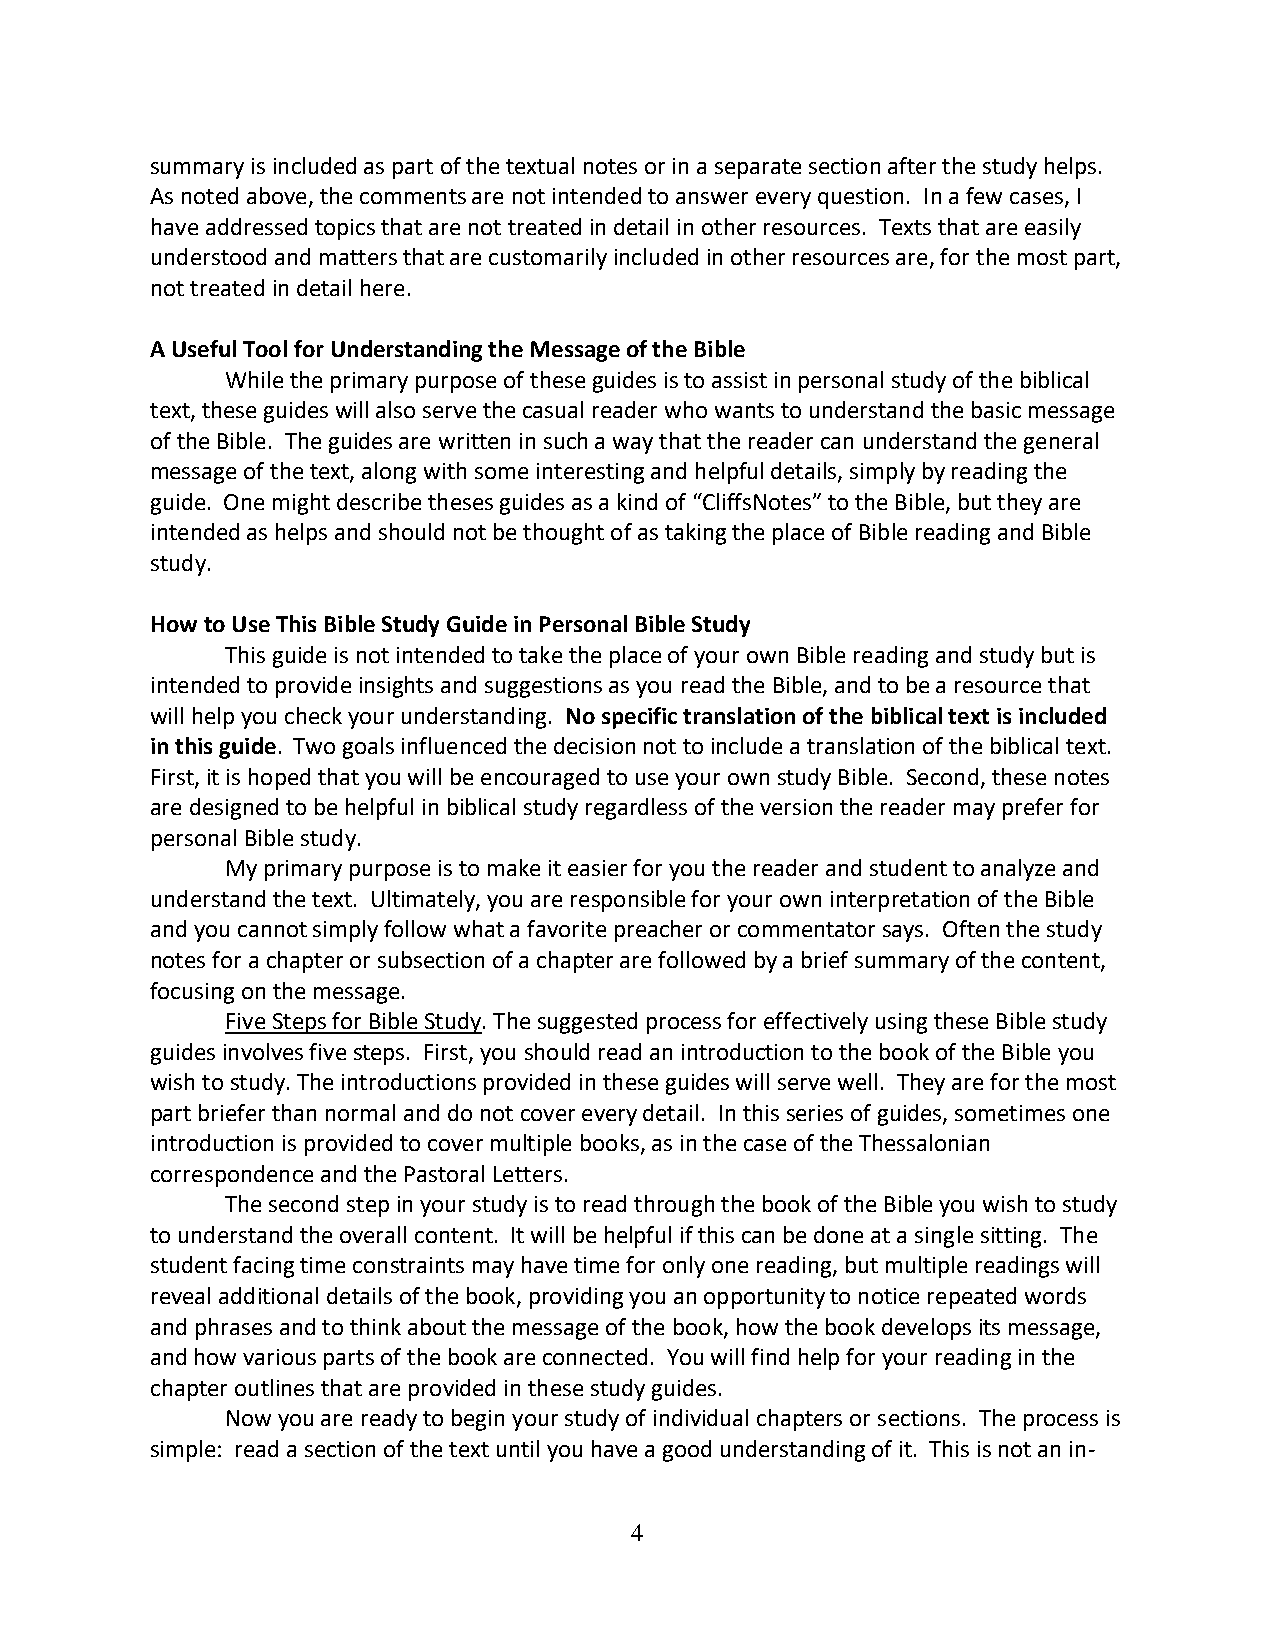
summary is included as part of the textual notes or in a separate section after the study helps.
 As noted above, the comments are not intended to answer every question. In a few cases, I
 have addressed topics that are not treated in detail in other resources. Texts that are easily
 understood and matters that are customarily included in other resources are, for the most part,
 not treated in detail here.
 A Useful Tool for Understanding the Message of the Bible
 While the primary purpose of these guides is to assist in personal study of the biblical
 text, these guides will also serve the casual reader who wants to understand the basic message
 of the Bible. The guides are written in such a way that the reader can understand the general
 message of the text, along with some interesting and helpful details, simply by reading the
 guide. One might describe theses guides as a kind of “CliffsNotes” to the Bible, but they are
 intended as helps and should not be thought of as taking the place of Bible reading and Bible
 study.
 How to Use This Bible Study Guide in Personal Bible Study
 This guide is not intended to take the place of your own Bible reading and study but is
 intended to provide insights and suggestions as you read the Bible, and to be a resource that
 will help you check your understanding. No specific translation of the biblical text is included
 in this guide. Two goals influenced the decision not to include a translation of the biblical text.
 First, it is hoped that you will be encouraged to use your own study Bible. Second, these notes
 are designed to be helpful in biblical study regardless of the version the reader may prefer for
 personal Bible study.
 My primary purpose is to make it easier for you the reader and student to analyze and
 understand the text. Ultimately, you are responsible for your own interpretation of the Bible
 and you cannot simply follow what a favorite preacher or commentator says. Often the study
 notes for a chapter or subsection of a chapter are followed by a brief summary of the content,
 focusing on the message.
 Five Steps for Bible Study. The suggested process for effectively using these Bible study
 guides involves five steps. First, you should read an introduction to the book of the Bible you
 wish to study. The introductions provided in these guides will serve well. They are for the most
 part briefer than normal and do not cover every detail. In this series of guides, sometimes one
 introduction is provided to cover multiple books, as in the case of the Thessalonian
 correspondence and the Pastoral Letters.
 The second step in your study is to read through the book of the Bible you wish to study
 to understand the overall content. It will be helpful if this can be done at a single sitting. The
 student facing time constraints may have time for only one reading, but multiple readings will
 reveal additional details of the book, providing you an opportunity to notice repeated words
 and phrases and to think about the message of the book, how the book develops its message,
 and how various parts of the book are connected. You will find help for your reading in the
 chapter outlines that are provided in these study guides.
 Now you are ready to begin your study of individual chapters or sections. The process is
 simple: read a section of the text until you have a good understanding of it. This is not an in-
 4